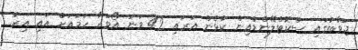
ޖަވާބުގައި ސްކޮޓްލޭންޑްއިން ކުޅެން އަރައި 42 ވަނަ އޯވަރާ ހަމައަށް އައި އިރު